Indian journal of veterinary science and animal husbandry - Volumes 22-23, 1952-1953
Year: 1952
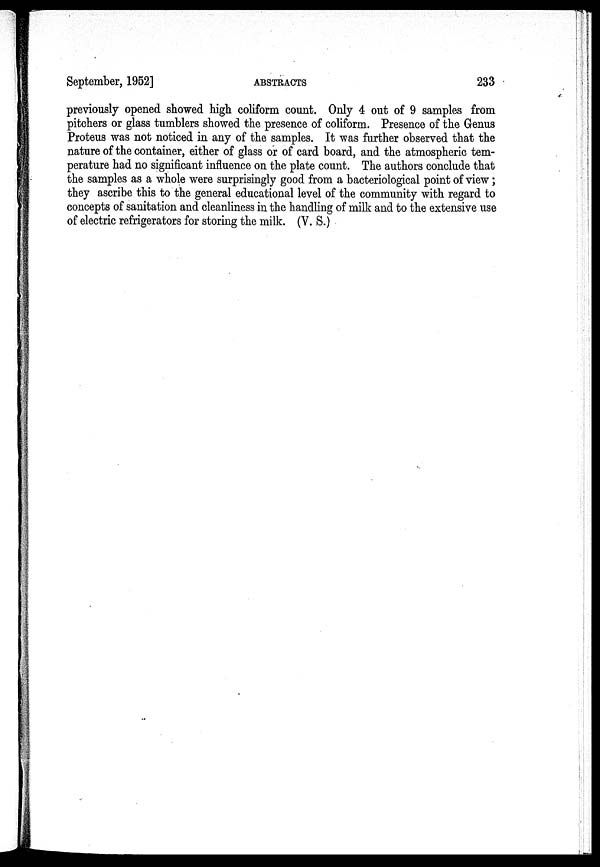
September, 1952]
ABSTRACTS
233
previously opened showed high coliform count. Only 4 out of 9 samples from
pitchers or glass tumblers showed the presence of coliform. Presence of the Genus
Proteus was not noticed in any of the samples. It was further observed that the
nature of the container, either of glass or of card board, and the atmospheric tem-
perature had no significant influence on the plate count. The authors conclude that
the samples as a whole were surprisingly good from a bacteriological point of view ;
they ascribe this to the general educational level of the community with regard to
concepts of sanitation and cleanliness in the handling of milk and to the extensive use
of electric refrigerators for storing the milk. (V. S.)